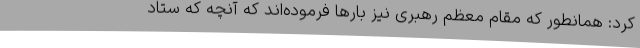
کرد: همانطور که مقام معظم رهبری نیز بارها فرموده‌اند که آنچه که ستاد